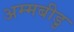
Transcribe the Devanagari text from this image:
अम्मबीडु